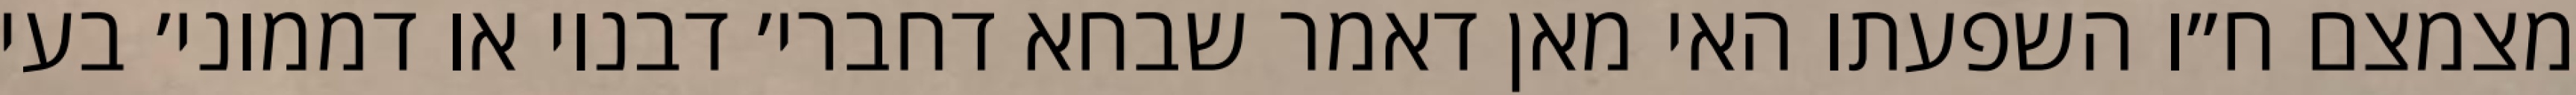
מצמצם ח״ו השפעתו האי מאן דאמר שבחא דחברי׳ דבנוי או דממוני׳ בעי